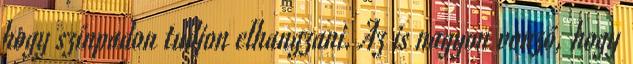
hogy színpadon tudjon elhangzani. Az is nagyon vonzó, hogy